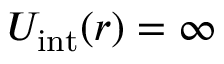
U _ { \mathrm { i n t } } ( r ) = \infty